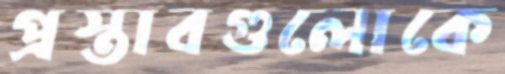
প্রস্তাবগুলোকে